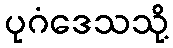
ပုဂံဒေသသို့